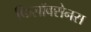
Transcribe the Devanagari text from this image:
फिलॉक्सेनस